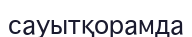
сауытқорамда